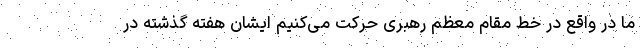
ما در واقع در خط مقام معظم رهبری حرکت می‌کنیم ایشان هفته گذشته در